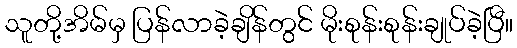
သူတို့အိမ်မှ ပြန်လာခဲ့ချိန်တွင် မိုးစုန်းစုန်းချုပ်ခဲ့ပြီ။